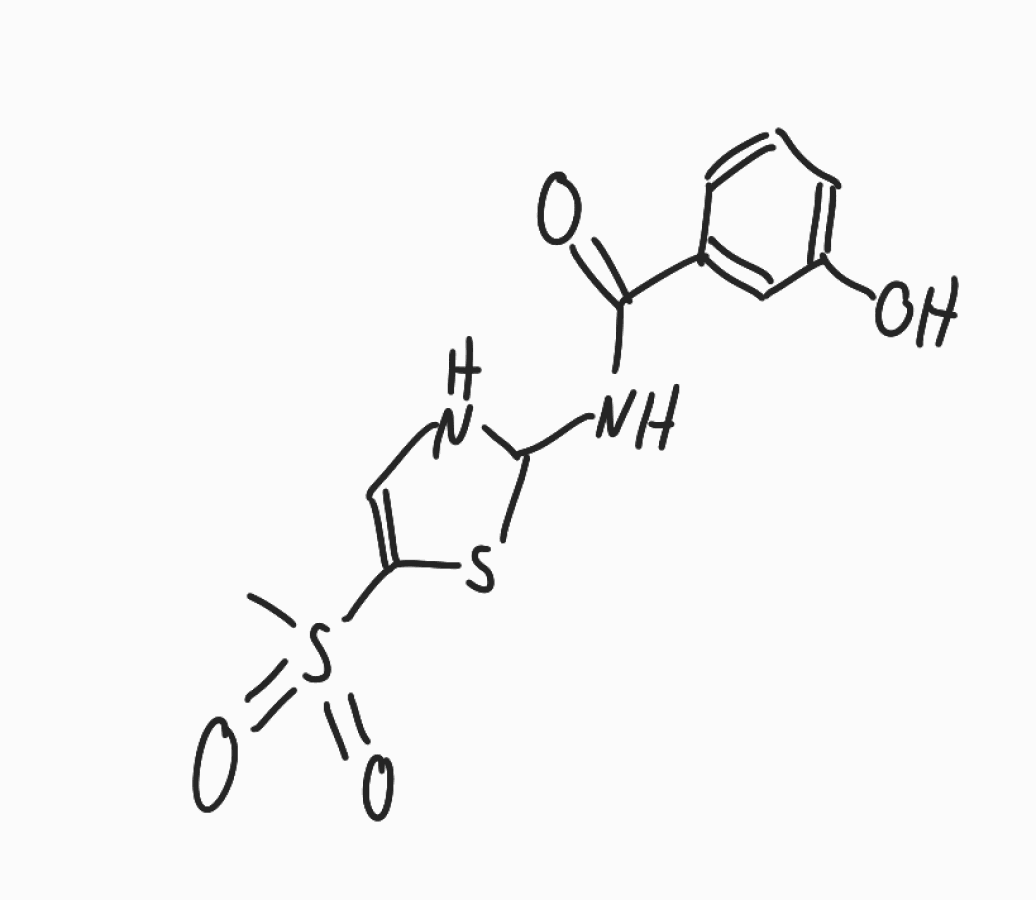
Simplified molecular-input line-entry system (SMILES) notation of the given molecule:
CS(=O)(=O)C1=CNC(S1)NC(=O)C2=CC(=CC=C2)O